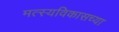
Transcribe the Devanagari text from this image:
मत्स्यविकासच्या